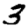
Digit: 3